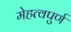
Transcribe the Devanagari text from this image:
मेहत्वपुर्ण